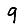
Digit: 9